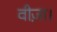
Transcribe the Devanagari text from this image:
वीज़ा।